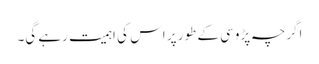
اگرچہ پڑوسی کے طور پر اس کی اہمیت رہے گی۔